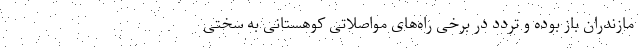
مازندران باز بوده و تردد در برخی راه‌های مواصلاتی کوهستانی به سختی